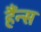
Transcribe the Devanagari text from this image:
हैंन्स